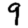
Digit: 9